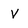
Character: V